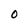
Character: O